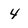
Character: 4